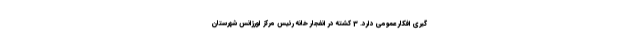
گیری افکار عمومی دارد. 3 کشته در انفجار خانه رئیس مرکز اورژانس شهرستان